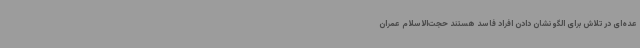
عده‌ای در تلاش برای الگو نشان دادن افراد فاسد هستند حجت‌الاسلام عمران